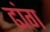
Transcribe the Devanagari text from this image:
ढांग